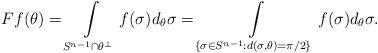
LaTeX: \begin{align*} Ff(\theta)=\int\limits_{S^{n-1}\cap \theta^\bot} f(\sigma)d_\theta \sigma=\int\limits_{\{\sigma \in S^{n-1}: d(\sigma,\theta)=\pi/2\}} f(\sigma)d_\theta \sigma.\end{align*}